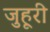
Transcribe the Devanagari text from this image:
जुहूरी